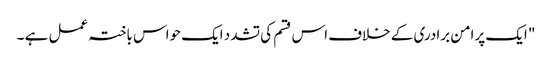
" ایک پرامن برادری کے خلاف اس قسم کی تشدد ایک حواس باختہ عمل ہے ۔